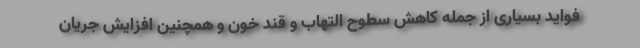
فواید بسیاری از جمله کاهش سطوح التهاب و قند خون و همچنین افزایش جریان